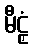
မီဠှံ